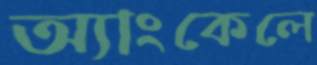
অ্যাংকেলে